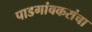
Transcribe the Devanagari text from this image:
पाडगांवकरांचा